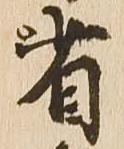
省